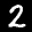
Label: 2